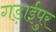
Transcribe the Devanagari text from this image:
गड़ाईपुर